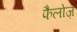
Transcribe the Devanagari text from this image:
फैलोज़